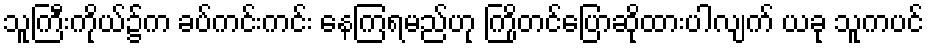
သူကြီးကိုယ်၌က ခပ်ကင်းကင်း နေကြရမည်ဟု ကြိုတင်ပြောဆိုထားပါလျက် ယခု သူကပင်